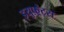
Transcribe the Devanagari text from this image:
इयुफ़्रेट्स